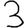
Digit: 3